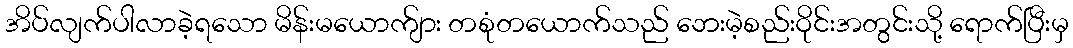
အိပ်လျက်ပါလာခဲ့ရသော မိန်းမယောက်ျား တစုံတယောက်သည် ဘေးမဲ့စည်းဝိုင်းအတွင်းသို့ ရောက်ပြီးမှ